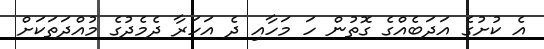
އެ ކުށުގެ އަދަބެއްގެ ގޮތުން ހަ މަހާއި ދެ އަހަރާ ދެމެދުގެ މުއްދަތަކަށް